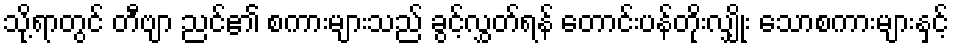
သို့ရာတွင် တီဗျာ ညင်၏ စကားများသည် ခွင့်လွှတ်ရန် တောင်းပန်တိုးလျှိုး သောစကားများနှင့်